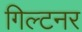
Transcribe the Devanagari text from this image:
गिल्टनर